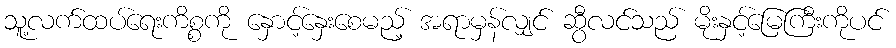
သူ့လက်ထပ်ရေးကိစ္စကို နှောင့်နှေးစေမည့် အရာမှန်လျှင် ဆွီလင်သည် မိုးနှင့်မြေကြီးကိုပင်